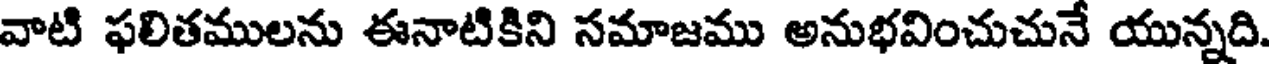
వాటి ఫలితములను ఈనాటికిని సమాజము అనుభవించుచునే యున్నది.